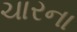
ચારના